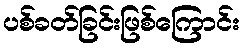
ပစ်ခတ်ခြင်းဖြစ်ကြောင်း